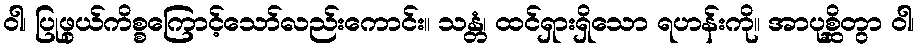
ဝါ၊ ပြုဖွယ်ကိစ္စကြောင့်သော်လည်းကောင်း။ သန္တံ၊ ထင်ရှားရှိသော ရဟန်းကို။ အာပုစ္ဆိတွာ ဝါ၊